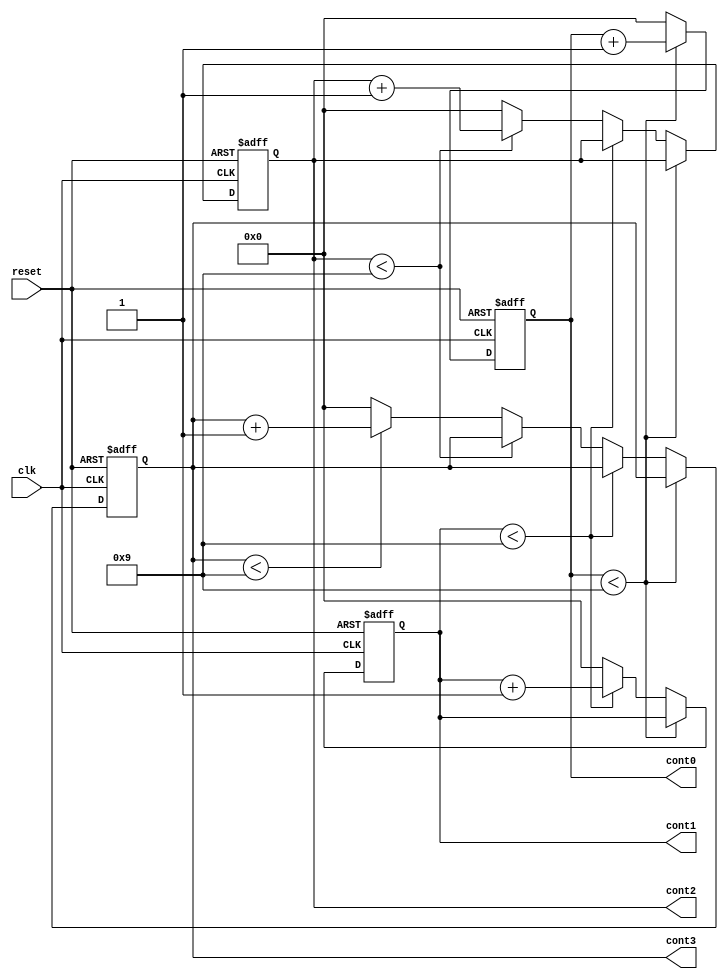
`timescale 1ns / 1ps
//////////////////////////////////////////////////////////////////////////////////
// Company: 
// Engineer: 
// 
// Design Name: 
// Module Name:    contador 
// Project Name: 
// Target Devices: 
// Tool versions: 
// Description: 
//
// Dependencies: 
//
// Revision: 
// Revision 0.01 - File Created
// Additional Comments: 
//
//////////////////////////////////////////////////////////////////////////////////
module contador(
    input clk,
    input reset,
    output reg [3:0] cont0,
    output reg [3:0] cont1,
    output reg [3:0] cont2,
    output reg [3:0] cont3
    );
	 
	 always @(posedge clk or posedge reset)
	 begin
	 
		if(reset)
		begin
		
			cont0 = 0;
			cont1 = 0;
			cont2 = 0;
			cont3 = 0;
		
		end
		else
			
			if(cont0 < 4'b1001)
			
				cont0 = cont0 + 1; // contador de unidades
				
			else
			begin
			
				cont0 = 0;
				
				if(cont1 < 4'b1001)
				
					cont1 = cont1 + 1;// contador de decenas
					
				else
				begin
				
					cont1 = 0;
					
					if(cont2 < 4'b1001)
					
						cont2 = cont2 + 1;//contador de centenas
						
					else
					begin
					
						cont2 = 0;
						
							if(cont3 < 4'b1001)
					
								cont3 = cont3 + 1; //contador de miles
						
							else
							
								cont3 = 0;
					
					end
				
				end
			
			end
	 
	 end


endmodule